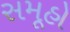
સમૂહો